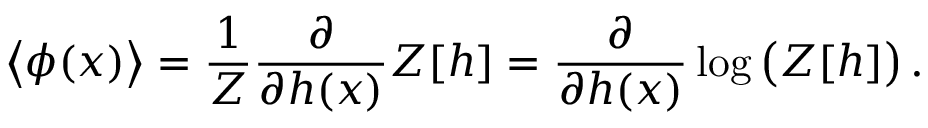
\left\langle \phi ( x ) \right\rangle = { \frac { 1 } { Z } } { \frac { \partial } { \partial h ( x ) } } Z [ h ] = { \frac { \partial } { \partial h ( x ) } } \log { \big ( } Z [ h ] { \big ) } \, .